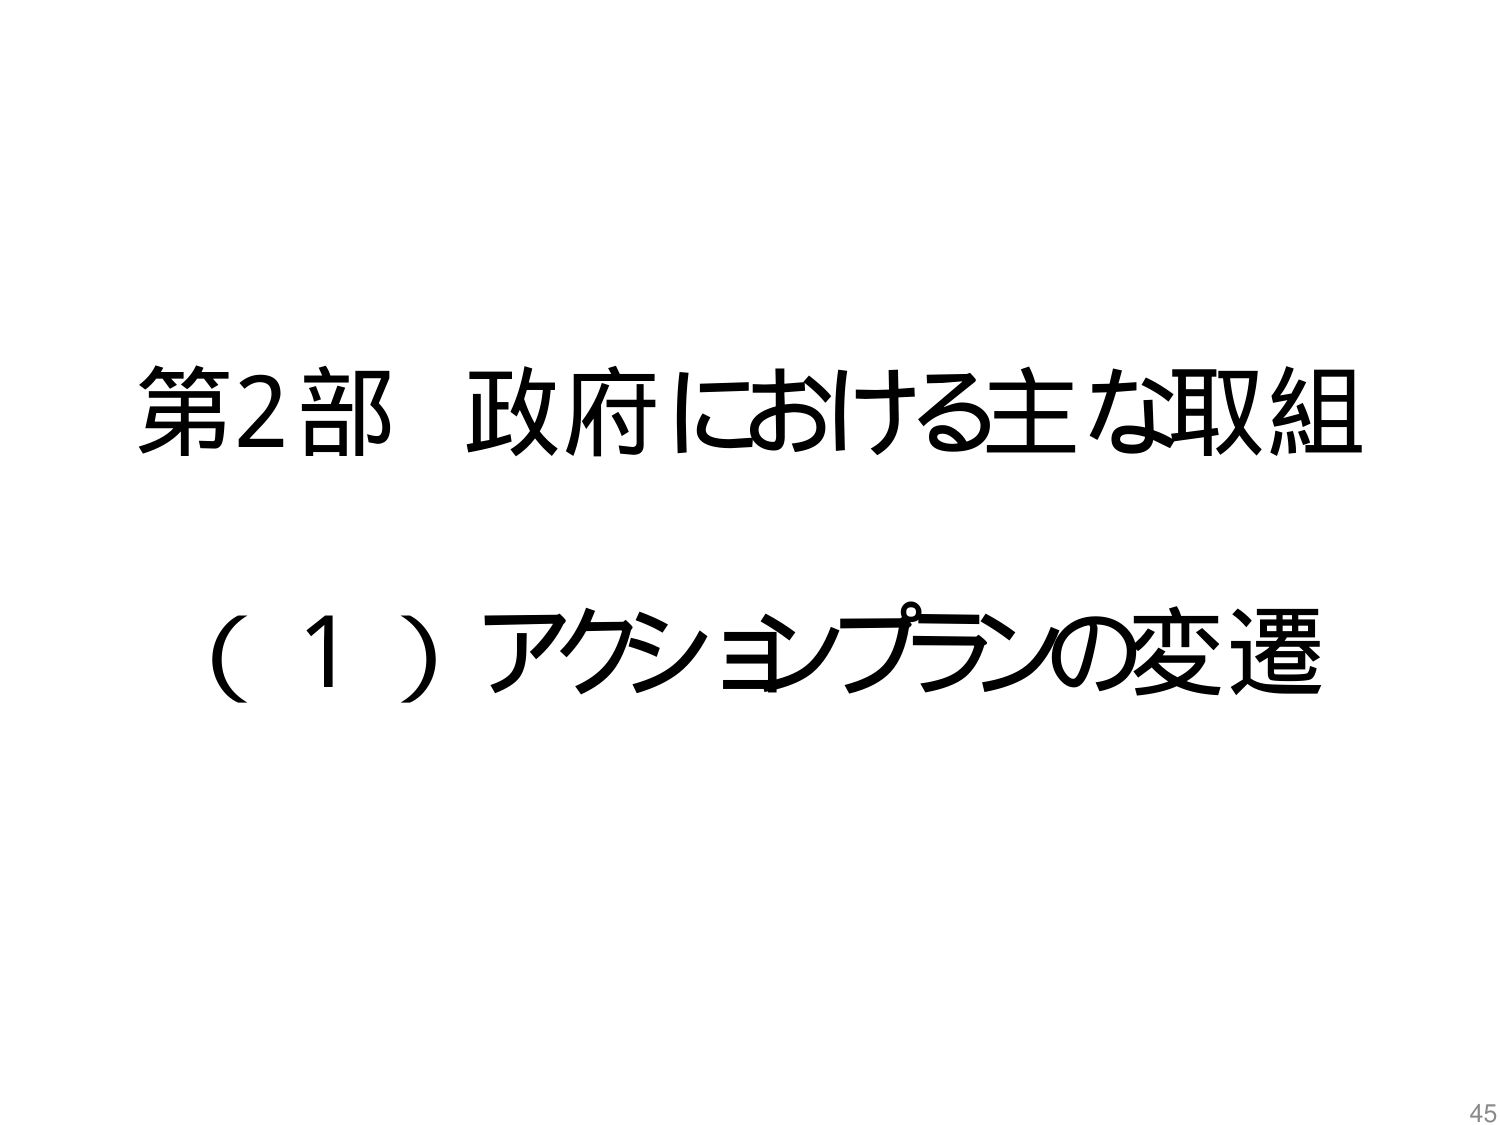
第2部 政府における主な取組
（1）アクションプランの変遷
45